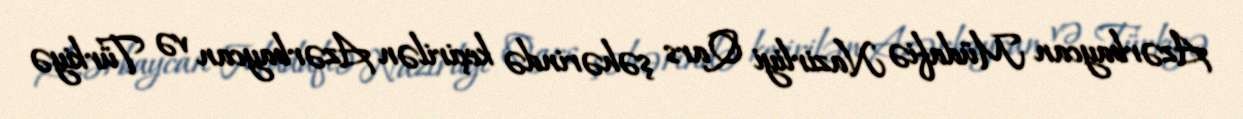
Azərbaycan Müdafiə Nazirliyi Qars şəhərində keçirilən Azərbaycan və Türkiyə